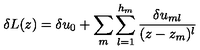
\delta L ( z ) = \delta u _ { 0 } + \sum _ { m } \sum _ { l = 1 } ^ { h _ { m } } { \frac { \delta u _ { m l } } { ( z - z _ { m } ) ^ { l } } }